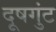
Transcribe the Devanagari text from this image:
दूषगुंट